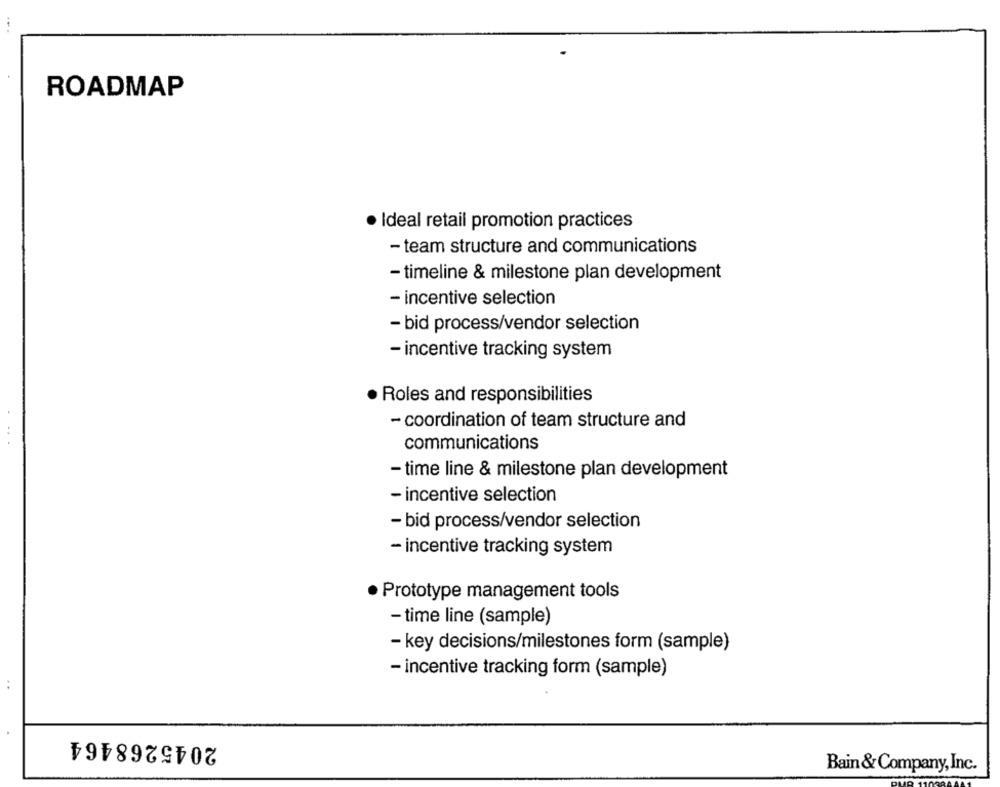
ROADMAP
· Ideal retail promotion practices
- team structure and communications
- timeline & milestone plan development
- incentive selection
- bid process/vendor selection
- incentive tracking system
· Roles and responsibilities
- coordination of team structure and
communications
- time line & milestone plan development
- incentive selection
- bid process/vendor selection
- incentive tracking system
· Prototype management tools
- time line (sample)
- key decisions/milestones form (sample)
- incentive tracking form (sample)
2045268464
Bain & Company, Inc.